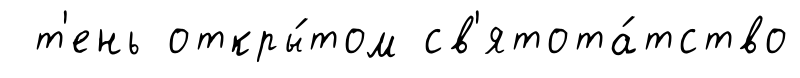
т'ень откры́том св'ятота́тство